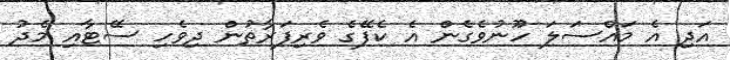
އަދި އެ މައްސަލަ ހޫނުވެގެން އެ ކެފޭގެ ވެރިފަރާތުން ދިވެހި ސޭޓާއި މެދު